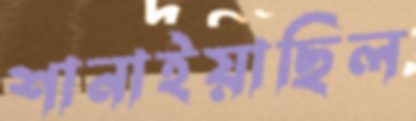
শানাইয়াছিল